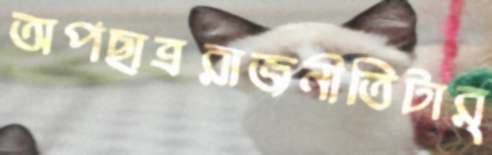
অপছাত্ররাজনীতিটার্